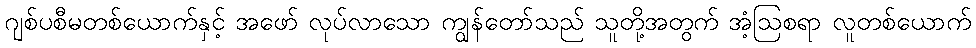
ဂျစ်ပစီမတစ်ယောက်နှင့် အဖော် လုပ်လာသော ကျွန်တော်သည် သူတို့အတွက် အံ့ဩစရာ လူတစ်ယောက်